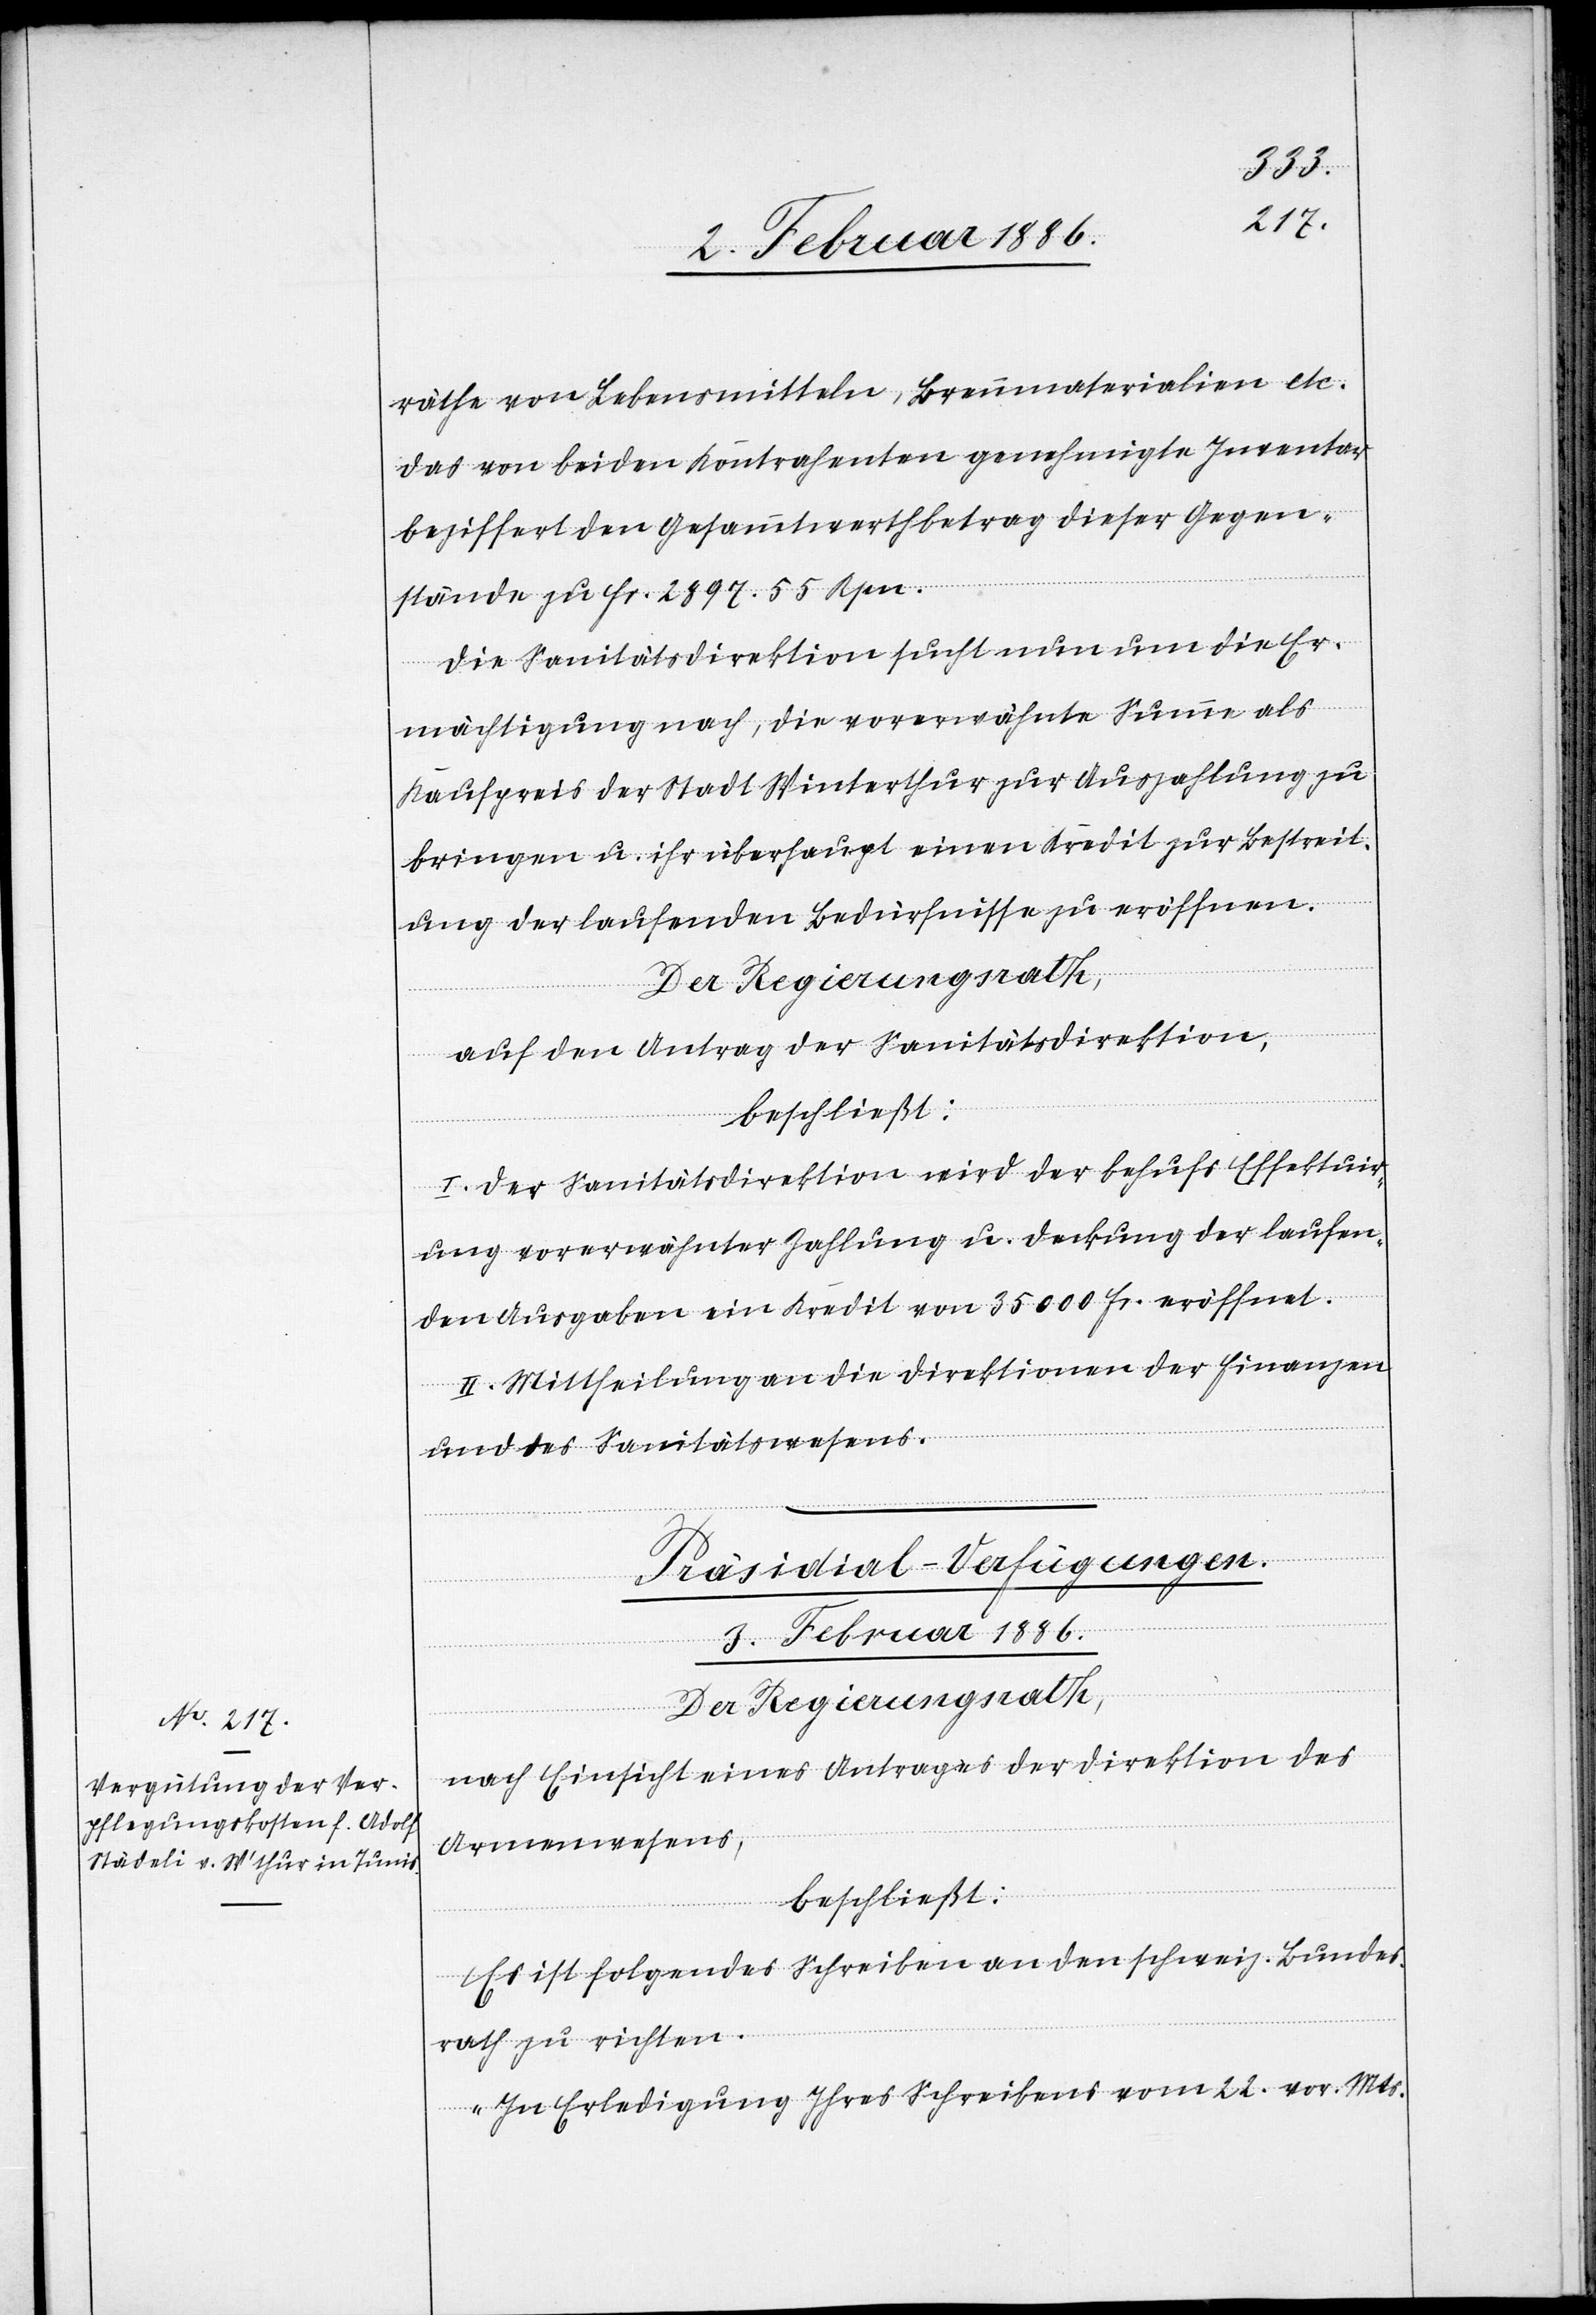
räthe von Lebensmitteln, Brennmaterialien etc.
Das von beiden Kontrahenten genehmigte Inventar
beziffert den Gesammtwerthbetrag dieser Gegen¬
stände zu Fr. 2897. 55 Rpn.
Die Sanitätsdirektion sucht nun um die Er¬
mächtigung nach, die vorerwähnte Summe als
Kaufpreis der Stadt Winterthur zur Auszahlung zu
bringen u. ihr überhaupt einen Kredit zur Bestreit¬
ung der laufenden Bedürfnisse zu eröffnen.
Der Regierungsrath,
auf den Antrag der Sanitätsdirektion,
beschließt:
I. Der Sanitätsdirektion wird der behufs Effektuir¬
ung vorerwähnter Zahlung u. Deckung der laufen¬
den Ausgaben ein Kredit von 35,000 Fr. eröffnet.
II. Mittheilung an die Direktionen der Finanzen
und des Sanitätswesens.
Präsidial-Verfügungen.
3. Februar 1886.
Der Regierungsrath,
nach Einsicht eines Antrages der Direktion des
Armenwesens,
beschließt:
Es ist folgendes Schreiben an den schweiz. Bundes¬
rath zu richten.
„In Erledigung Ihres Schreibens vom 2. vor. Mts